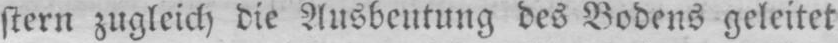
stern zugleich die Ausbeutung des Bodens geleitet